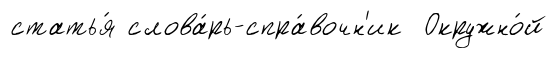
статья́ слова́рь-спра́вочн'ик Окружно́й